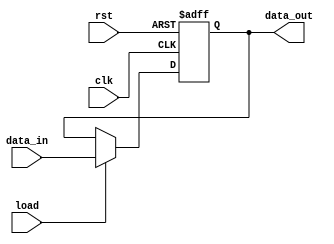
module register (
    input wire clk,
    input wire rst,
    input wire load,
    input wire [7:0] data_in,
    output reg [7:0] data_out
);

always @(posedge clk or posedge rst)
begin
    if (rst)
        data_out <= 8'b0;
    else if (load)
        data_out <= data_in;
end

endmodule